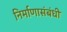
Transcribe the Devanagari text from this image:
निर्माणासंबंधी